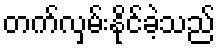
တက်လှမ်းနိုင်ခဲ့သည်